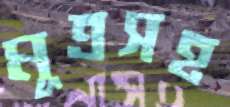
মূত্রসহ